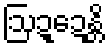
ဩဍ္ဍေန္တိ